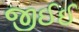
જીઈઈ